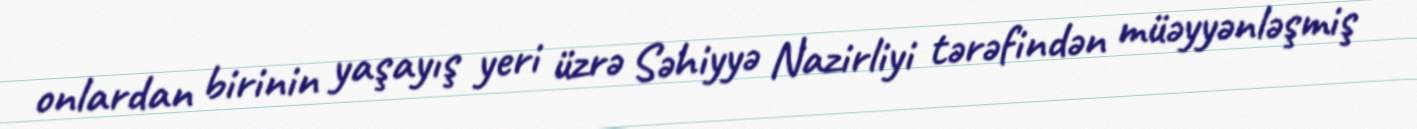
onlardan birinin yaşayış yeri üzrə Səhiyyə Nazirliyi tərəfindən müəyyənləşmiş